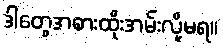
ဒါတွေအစားထိုးအမ်းလို့မရ။